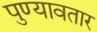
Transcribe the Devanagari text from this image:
पुण्यावतार